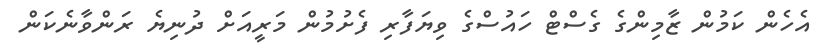
އެހެން ކަމުން ޒާމިންގެ ގެސްޓް ހައުސްގެ ވިޔަފާރި ފެށުމުން މަރީއަށް ދުނިޔެ ރަންވާނެކަން